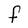
Character: f